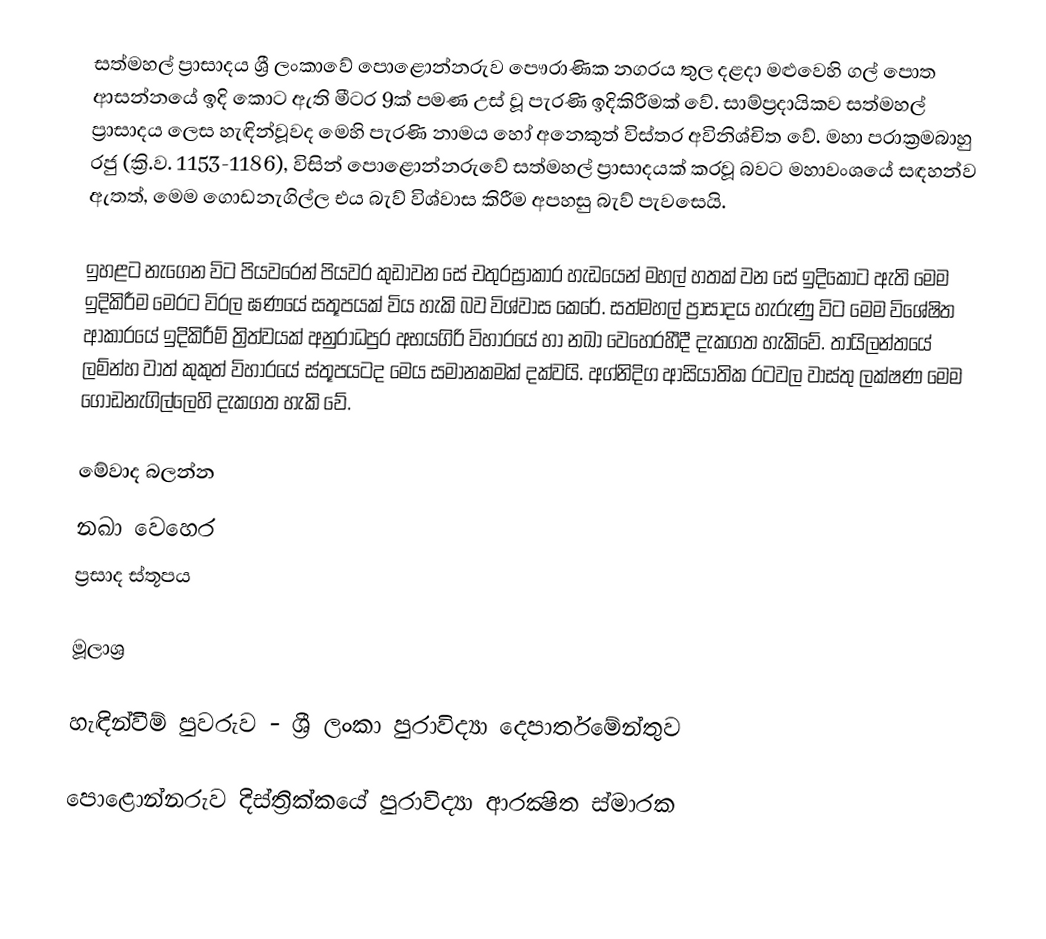
සත්මහල් ප්‍රාසාදය ශ්‍රී ලංකාවේ පොළොන්නරුව පෞරාණික නගරය තුල දළදා මළුවෙහි ගල් පොත ආසන්නයේ ඉදි කොට ඇති මීටර 9ක් පමණ උස් වූ පැරණි ඉදිකිරීමක් වේ. සාම්ප්‍රදායිකව සත්මහල් ප්‍රාසාදය ලෙස හැඳින්වූවද මෙහි පැරණි නාමය හෝ අනෙකුත් විස්තර අවිනිශ්චිත වේ. මහා පරාක්‍රමබාහු රජු (ක්‍රි.ව. 1153-1186), විසින් පොළොන්නරුවේ සත්මහල් ප්‍රාසාදයක් කරවූ බවට මහාවංශයේ සඳහන්ව ඇතත්, මෙම ගොඩනැගිල්ල එය බැව් විශ්වාස කිරීම අපහසු බැව් පැවසෙයි.

ඉහළට නැගෙන විට පියවරෙන් පියවර කුඩාවන සේ චතුරස්‍රාකාර හැඩයෙන් මහල් හතක් වන සේ ඉදිකොට ඇති මෙම ඉදිකිරීම මෙරට විරල ඝණයේ සතූපයක් විය හැකි බව විශ්වාස කෙරේ. සත්මහල් ප්‍රාසාදය හැරුණු විට මෙම විශේෂිත ආකාරයේ ඉදිකිරීම් ත්‍රිත්වයක් අනුරාධපුර අභයගිරි විහාරයේ හා නඛා වෙහෙරහීදී දැකගත හැකිවේ. තායිලන්තයේ ලම්න්හ වාත් කුකුත් විහාරයේ ස්තූපයටද මෙය සමානකමක් දක්වයි. අග්නිදිග ආසියාතික රටවල වාස්තු ලක්ෂණ මෙම ගොඩනැගිල්ලෙහි දැකගත හැකි වේ.

මේවාද බලන්න
නඛා වෙහෙර
ප්‍රසාද ස්තූපය

මූලාශ්‍ර

හැඳින්වීම් පුවරුව - ශ්‍රී ලංකා පුරාවිද්‍යා දෙපාර්තමේන්තුව

පොළොන්නරුව දිස්ත්‍රික්කයේ පුරාවිද්‍යා ආරක්‍ෂිත ස්මාරක‎